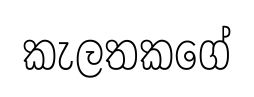
කැලතකගේ